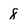
Character: 8